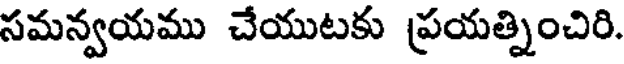
సమన్వయము చేయుటకు ప్రయత్నించిరి.